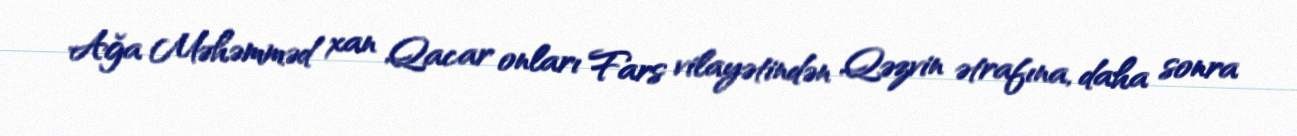
Ağa Məhəmməd xan Qacar onları Fars vilayətindən Qəzvin ətrafına, daha sonra